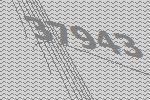
37943